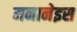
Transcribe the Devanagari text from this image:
मनानेइस